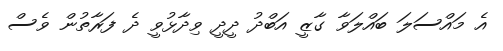
އެ މައްސަލަ ބައްލަވާ ގާޒީ އަބްދު ދީދީ ވިދާޅުވީ ދެ ފަރާތުން ވެސް